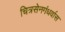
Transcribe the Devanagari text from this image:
चित्रसेनगंधर्वास